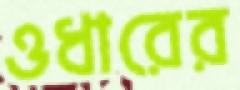
ওধারের